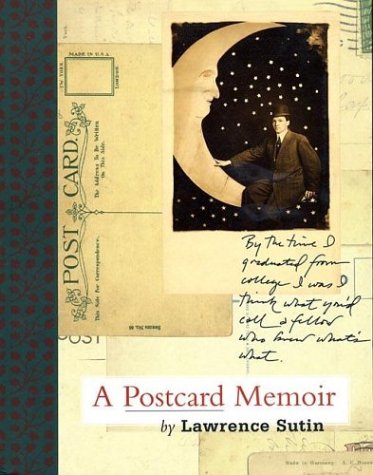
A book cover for A Postcard Memoir; Lawrence Sutin; Crafts, Hobbies & Home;